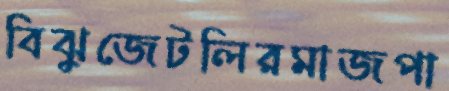
বিঝুজেটলিরমাজপা